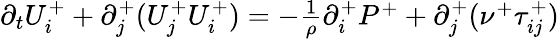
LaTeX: \begin{array}{r}{\partial_{t}U_{i}^{+}+\partial_{j}^{+}(U_{j}^{+}U_{i}^{+})=-\frac{1}{\rho}\partial_{i}^{+}P^{+}+\partial_{j}^{+}(\nu^{+}\tau_{ij}^{+})}\end{array}